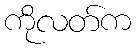
ကိုလတ်က